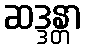
ဆဒ္ဒန္တာ